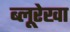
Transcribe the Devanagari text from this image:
ब्लूरेखा